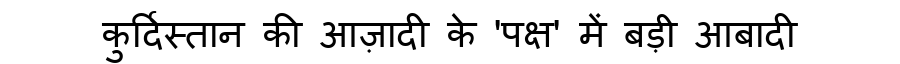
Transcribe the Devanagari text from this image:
कुर्दिस्तान की आज़ादी के 'पक्ष' में बड़ी आबादी